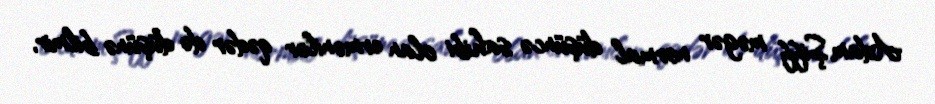
Adam Şiff məgər normal düşüncə sahibi olan ermənilər qədər də düşünə bilmir,